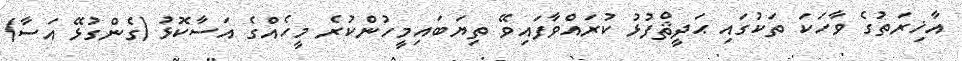
އާޚިރަތުގެ ވާހަކަ ތަކުގައި ޙަދީޘްފުޅު ކުރައްވާފައިވޭ ތިޔަބައިމީހުންކުރެ މީހެއްގެ އަސާކޮޅު (ގެންގުޅޭ އަސާ)